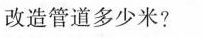
改造管道多少米?